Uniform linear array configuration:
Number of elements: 16
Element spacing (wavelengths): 0.25
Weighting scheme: uniform
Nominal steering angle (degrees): -15
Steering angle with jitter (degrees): -15.599
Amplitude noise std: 0.05
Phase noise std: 0.05

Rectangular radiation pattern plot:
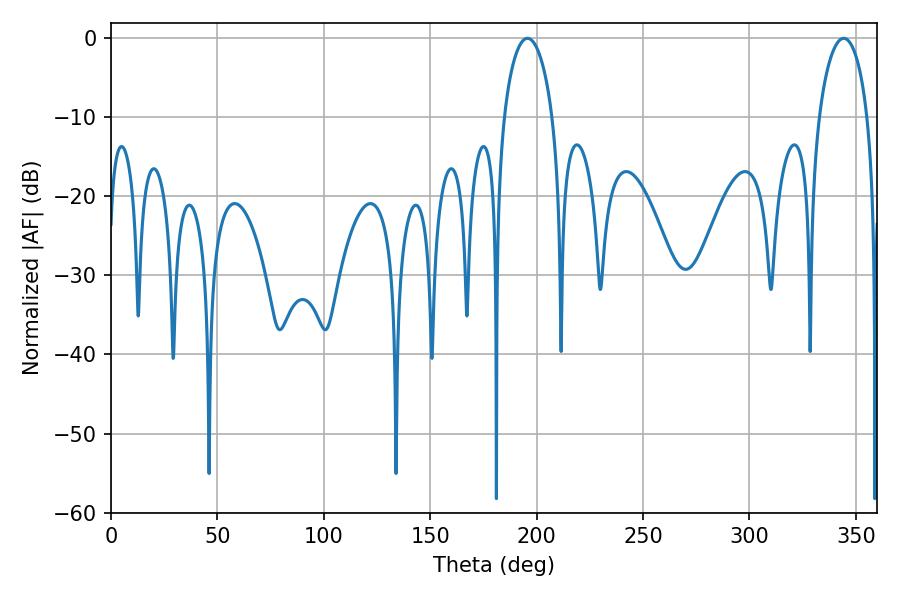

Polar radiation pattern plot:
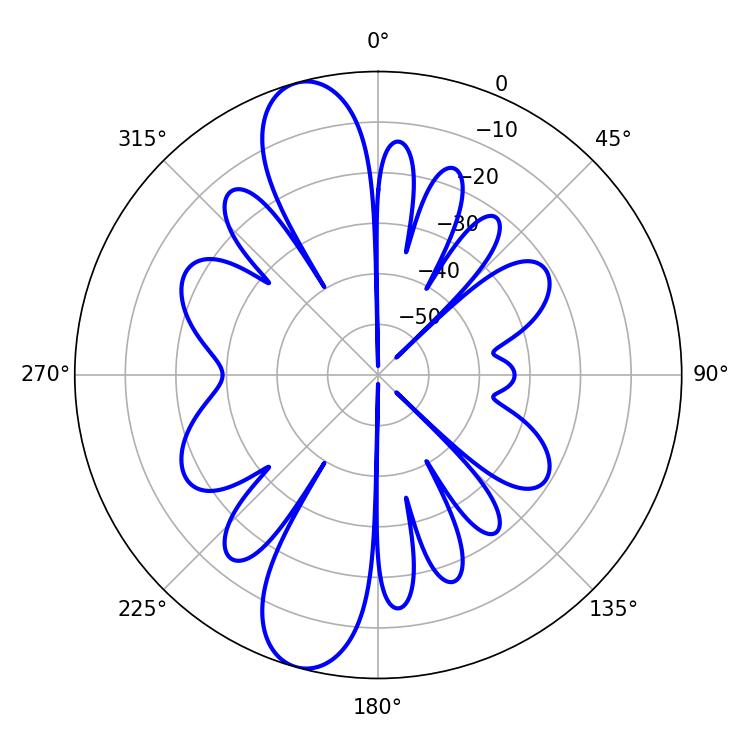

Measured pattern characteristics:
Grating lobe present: FALSE
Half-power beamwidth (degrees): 13.14
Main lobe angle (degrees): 195.66